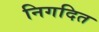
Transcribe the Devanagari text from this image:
निगदित